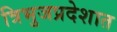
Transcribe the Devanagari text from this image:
त्रिभुजप्रदेशात